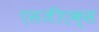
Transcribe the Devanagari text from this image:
एसजीएक्स